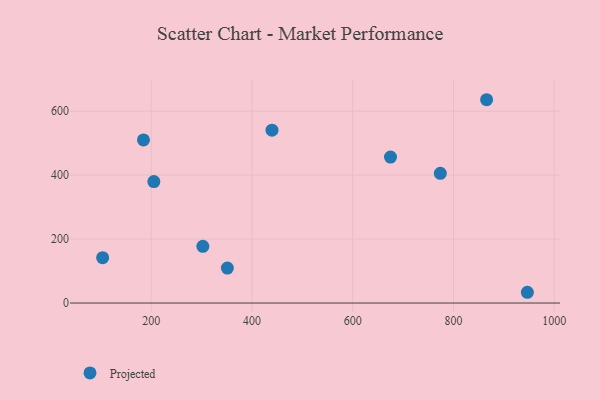
{"axis": {"x": "Distance", "y": "Sales"}, "legend": ["Projected"], "data": [{"x": "439.8", "y": 540.5, "type": "Projected"}, {"x": "773.9", "y": 405.7, "type": "Projected"}, {"x": "351.2", "y": 109.4, "type": "Projected"}, {"x": "302.5", "y": 177.3, "type": "Projected"}, {"x": "205.3", "y": 379.7, "type": "Projected"}, {"x": "103.6", "y": 141.9, "type": "Projected"}, {"x": "184.7", "y": 510.2, "type": "Projected"}, {"x": "946.7", "y": 33.6, "type": "Projected"}, {"x": "865.8", "y": 635.8, "type": "Projected"}, {"x": "675.0", "y": 456.5, "type": "Projected"}]}